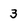
Character: 3